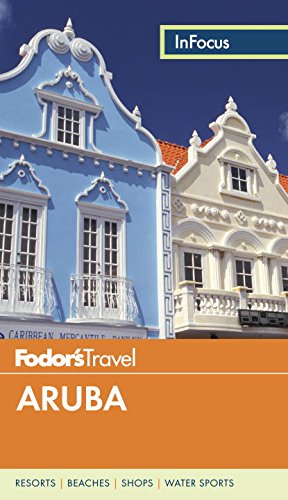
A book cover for Fodor's In Focus Aruba (Full-color Travel Guide); Fodor's; Travel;